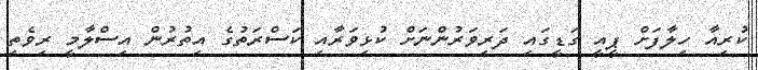
ކުރިއާ ހިލާފަށް ޕީއީ ގަޑީގައި ދަރިވަރުންނަށް ކުޅިވަރާއި ކަސްރަތުގެ އިތުރުން އިސްލާމީ ރިވެތި